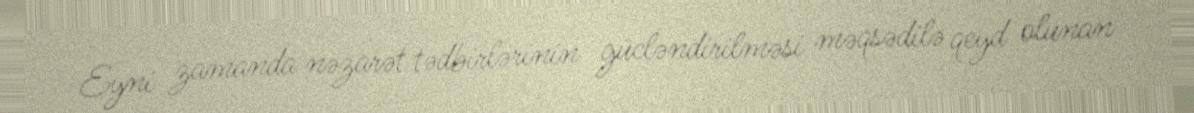
Eyni zamanda nəzarət tədbirlərinin gücləndirilməsi məqsədilə qeyd olunan